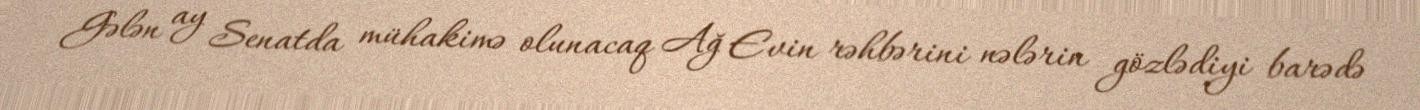
Gələn ay Senatda mühakimə olunacaq Ağ Evin rəhbərini nələrin gözlədiyi barədə